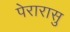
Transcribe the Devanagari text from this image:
पेरारासु